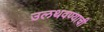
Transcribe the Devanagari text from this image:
उलथवण्याची